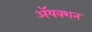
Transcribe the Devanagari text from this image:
ॲयक्शन